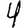
Digit: 4